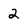
Character: 2